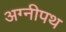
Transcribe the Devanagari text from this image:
अग्नीपथ